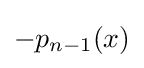
-p_{n-1}(x)